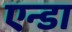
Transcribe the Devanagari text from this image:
एन्डा